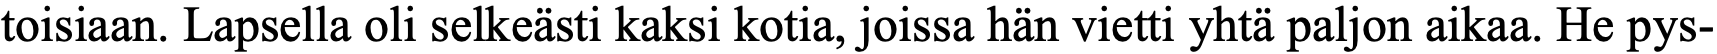
toisiaan. Lapsella oli selkeästi kaksi kotia, joissa hän vietti yhtä paljon aikaa. He pys-